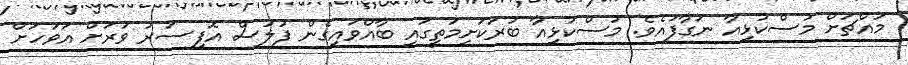
މައްޗަށް މުސްކުޅިއާ ނަގާފައެވެ. މުސްކުޅިއާ ބުރަކަށިމަތީގައި ބާއްވައިގެން ފުލުސް އޮފިސަރު ވަރަށް އަވަހަށް